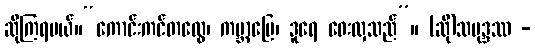
ဆိုကြရမယ်။“ကောင်းကင်တထွေ၊ ကမ္ဘာမြေ၊ ဒူရေ ဝေးလှသည်”။ (ဆို)သမုဒ္ဒဿ -